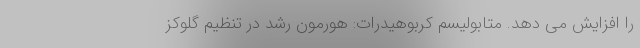
را افزایش می دهد. متابولیسم کربوهیدرات: هورمون رشد در تنظیم گلوکز